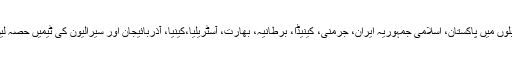
ان مقابلوں میں پاکستان، اسلامی جمہوریہ ایران، جرمنی، کینیڈا، برطانیہ، بھارت، آسٹریلیا،کینیا، آذربائیجان اور سیرالیون کی ٹیمیں حصہ لیں گی۔